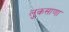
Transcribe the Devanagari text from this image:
लुकसाणा